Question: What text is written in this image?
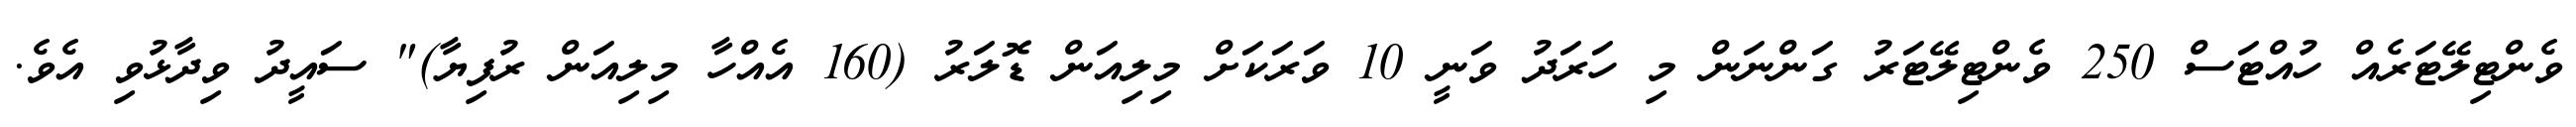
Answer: ވެންޓިލޭޓަރެއް ހުއްޓަސް 250 ވެންޓިލޭޓަރު ގަންނަން މި ހަރަދު ވަނީ 10 ވަރަކަށް މިލިއަން ޑޮލަރު (160 އެއްހާ މިލިއަން ރުފިޔާ)" ސައީދު ވިދާޅުވި އެވެ.